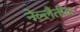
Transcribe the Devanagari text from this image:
नेल्लैतील